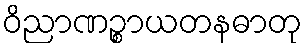
ဝိညာဏဉ္စာယတနဓာတု